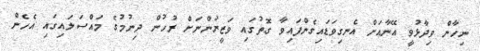
ނިހާން ވިދާޅުވީ އޭނާއަށް އެނގިވަޑައިގެންފައިވާ ގޮތުގައި ވަޒީރުންނަށް ރުހުން ދިނުމުގެ މައްސަލައިގައި އެހެން